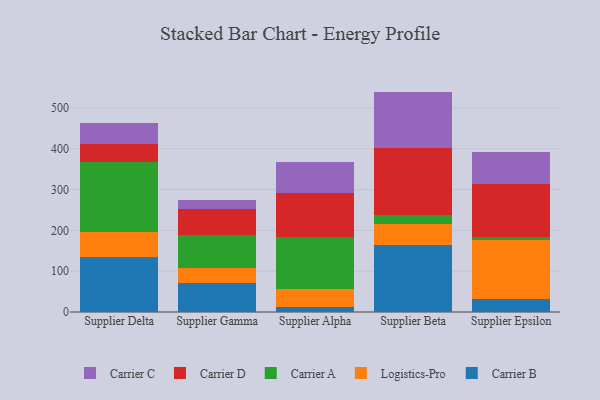
{"axis": {"x": "Supplier", "y": "Temperature (°C)"}, "legend": ["Carrier A", "Carrier B", "Carrier C", "Carrier D", "Logistics-Pro"], "data": [{"x": "Supplier Delta", "y": 134.0, "type": "Carrier B"}, {"x": "Supplier Delta", "y": 60.8, "type": "Logistics-Pro"}, {"x": "Supplier Delta", "y": 172.7, "type": "Carrier A"}, {"x": "Supplier Delta", "y": 45.3, "type": "Carrier D"}, {"x": "Supplier Delta", "y": 49.1, "type": "Carrier C"}, {"x": "Supplier Gamma", "y": 70.7, "type": "Carrier B"}, {"x": "Supplier Gamma", "y": 36.5, "type": "Logistics-Pro"}, {"x": "Supplier Gamma", "y": 81.5, "type": "Carrier A"}, {"x": "Supplier Gamma", "y": 63.0, "type": "Carrier D"}, {"x": "Supplier Gamma", "y": 23.9, "type": "Carrier C"}, {"x": "Supplier Alpha", "y": 13.2, "type": "Carrier B"}, {"x": "Supplier Alpha", "y": 42.5, "type": "Logistics-Pro"}, {"x": "Supplier Alpha", "y": 127.5, "type": "Carrier A"}, {"x": "Supplier Alpha", "y": 108.4, "type": "Carrier D"}, {"x": "Supplier Alpha", "y": 75.6, "type": "Carrier C"}, {"x": "Supplier Beta", "y": 164.1, "type": "Carrier B"}, {"x": "Supplier Beta", "y": 50.6, "type": "Logistics-Pro"}, {"x": "Supplier Beta", "y": 22.3, "type": "Carrier A"}, {"x": "Supplier Beta", "y": 165.5, "type": "Carrier D"}, {"x": "Supplier Beta", "y": 137.5, "type": "Carrier C"}, {"x": "Supplier Epsilon", "y": 31.9, "type": "Carrier B"}, {"x": "Supplier Epsilon", "y": 145.7, "type": "Logistics-Pro"}, {"x": "Supplier Epsilon", "y": 6.8, "type": "Carrier A"}, {"x": "Supplier Epsilon", "y": 129.0, "type": "Carrier D"}, {"x": "Supplier Epsilon", "y": 77.9, "type": "Carrier C"}]}